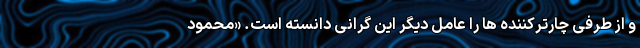
و از طرفی چارترکننده ها را عامل دیگر این گرانی دانسته است. «محمود